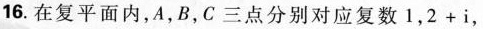
16.在复平面内，A，B，C三点分别对应复数1，$$2 + i$$，